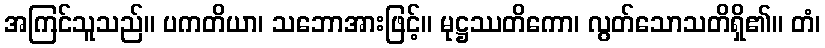
အကြင်သူသည်။ ပကတိယာ၊ သဘောအားဖြင့်။ မုဋ္ဌဿတိကော၊ လွတ်သောသတိရှိ၏။ တံ၊